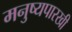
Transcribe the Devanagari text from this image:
मनुष्यपारखी